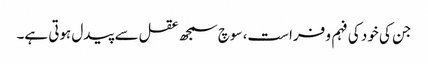
جن کی خود کی فہم و فراست، سوچ سمجھ عقل سے پیدل ہوتی ہے۔